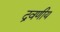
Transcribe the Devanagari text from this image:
द्रवणीय